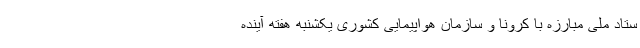
ستاد ملی مبارزه با کرونا و سازمان هواپیمایی کشوری یکشنبه هفته آینده